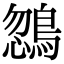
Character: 𪂒